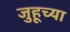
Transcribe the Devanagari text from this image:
जुहूच्या